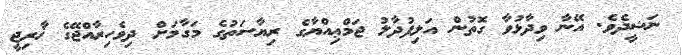
ނަޝީދެވެ. އޭނާ ވިދާޅުވާ ގޮތުން އަލިފުދާލު ޖަމްޢިއްޔާގެ ރިޔާސަތުގެ މަގާމަށް ދިވެހިރާއްޖޭގެ ޚާރިޖީ